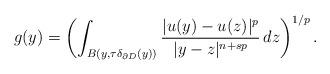
LaTeX: \begin{align*}g(y)=\biggl(\int_{B(y,\tau\delta_{\partial D}(y))}\frac{\vert u(y)-u(z)\vert^p}{\vert y-z\vert ^{n+s p}}\,dz\biggr)^{1/p}\,.\end{align*}